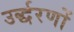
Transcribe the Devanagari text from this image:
उर्द्धरणों